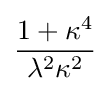
{\frac {1+\kappa ^{4}}{\lambda ^{2}\kappa ^{2}}}